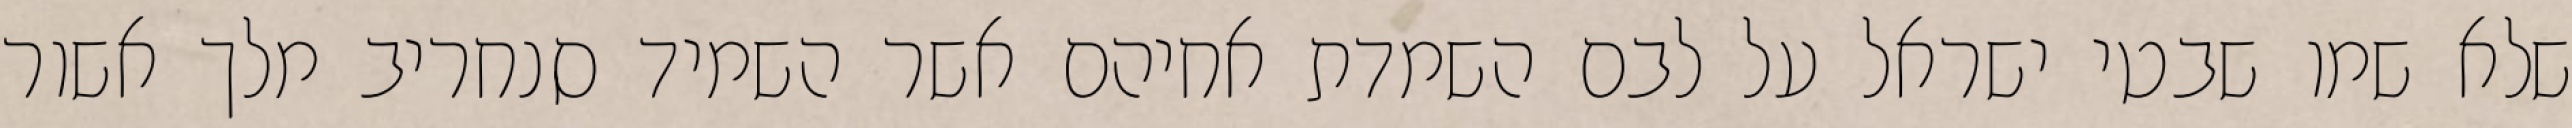
שלא שמו שבטי ישראל על לבם השמדת אחיהם אשר השמיד סנחריב מלך אשור